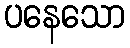
ပနေသော